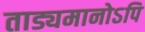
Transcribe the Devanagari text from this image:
ताड्यमानोऽपि